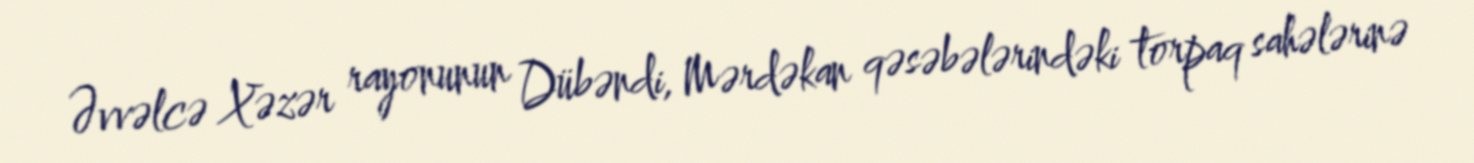
Əvvəlcə Xəzər rayonunun Dübəndi, Mərdəkan qəsəbələrindəki torpaq sahələrinə